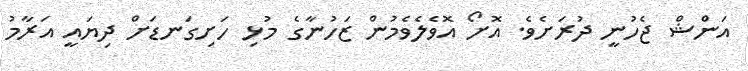
އަންޝް ޖެހުނީ ދުރަށެވެ. އޮށޯ އޮވެލެވެމުން ޒަހުނާގެ މުޅި ހަށިގަނޑަށް ދިޔައީ އަރާމު